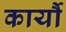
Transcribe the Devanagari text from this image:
कार्यौ